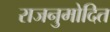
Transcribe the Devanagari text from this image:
राजनुमोदित